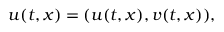
\boldsymbol { u } ( t , \boldsymbol { x } ) = ( u ( t , \boldsymbol { x } ) , v ( t , \boldsymbol { x } ) ) ,